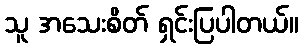
သူ အသေးစိတ် ရှင်းပြပါတယ်။